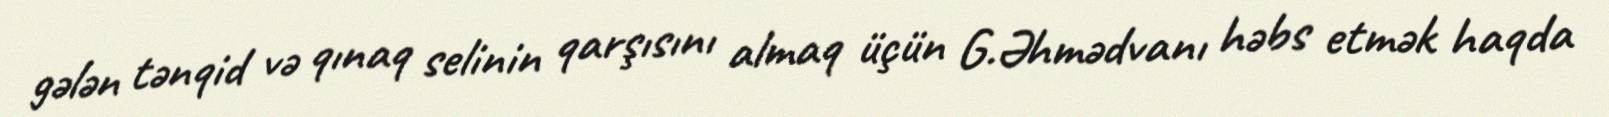
gələn tənqid və qınaq selinin qarşısını almaq üçün G.Əhmədvanı həbs etmək haqda